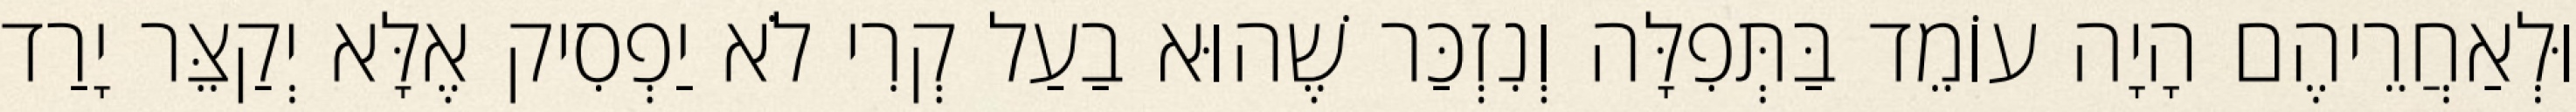
וּלְאַחֲרֵיהֶם הָיָה עוֹמֵד בַּתְּפִלָּה וְנִזְכַּר שֶׁהוּא בַעַל קְרִי לֹא יַפְסִיק אֶלָּא יְקַצֵּר יָרַד